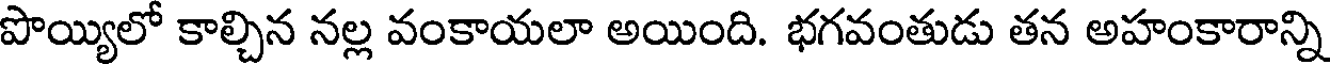
పొయ్యిలో కాల్చిన నల్ల వంకాయలా అయింది. భగవంతుడు తన అహంకారాన్ని